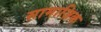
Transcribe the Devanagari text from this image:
सामाज़िक